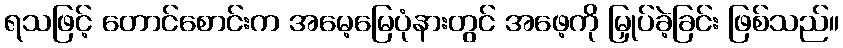
ရသဖြင့် တောင်စောင်းက အမေ့မြေပုံနားတွင် အဖေ့ကို မြှုပ်ခဲ့ခြင်း ဖြစ်သည်။